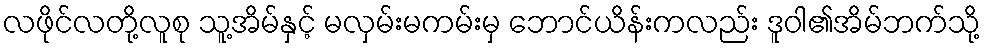
လဖိုင်လတို့လူစု သူ့အိမ်နှင့် မလှမ်းမကမ်းမှ ဘောင်ယိန်းကလည်း ဒူဝါ၏အိမ်ဘက်သို့